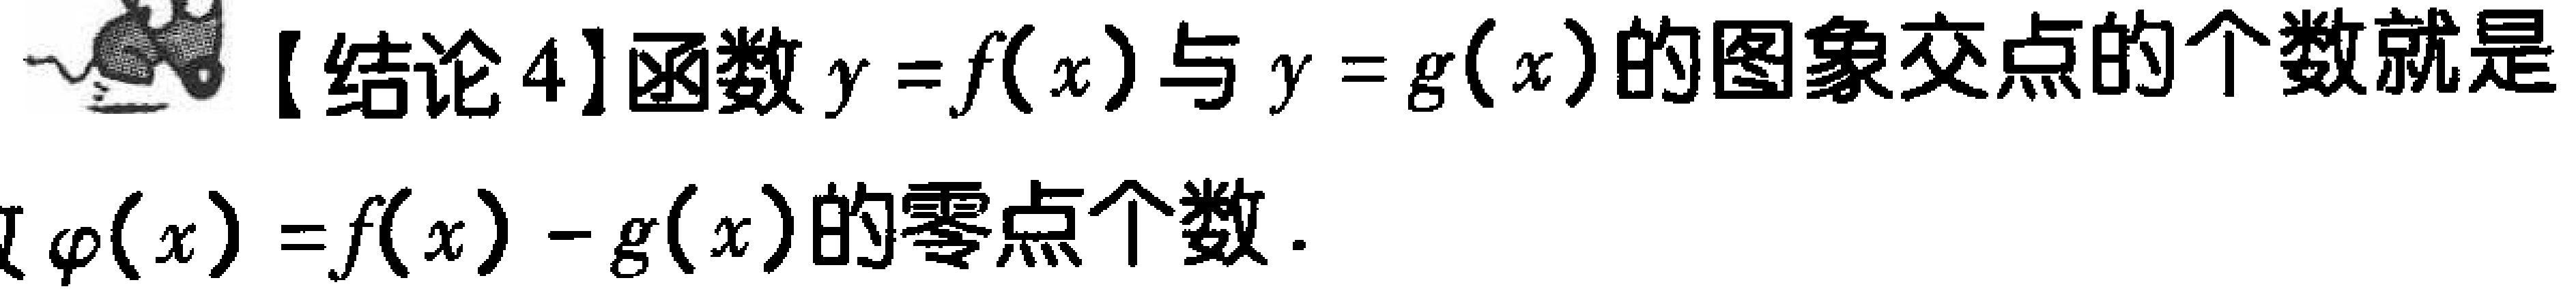
【结论4】函数 \(y = f(x)\) 与 \(y = g(x)\) 的图象交点的个数就是\(\varphi(x)=f(x)-g(x)\)的零点个数.